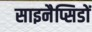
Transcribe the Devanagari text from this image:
साइनैप्सिडों